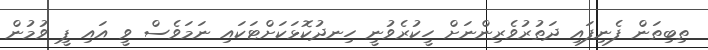
ތިބިތަން ފެނިފައި ދަތުރުވެރިންނަށް ހީކުރެވުނީ ހިނދުކޮޅަކަށްޓަކައި ނަމަވެސް ވީ އައި ޕީ ވުމުން